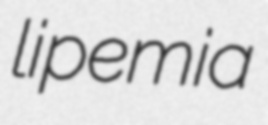
lipemia